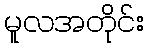
မူလအတိုင်း